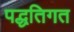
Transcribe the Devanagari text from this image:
पद्धतिगत